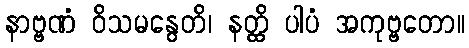
နာဗ္ဗဏံ ဝိသမနွေတိ၊ နတ္ထိ ပါပံ အကုဗ္ဗတော။